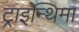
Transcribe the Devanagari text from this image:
ट्राइन्थिमा